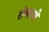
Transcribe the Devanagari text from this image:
रोमान्शे